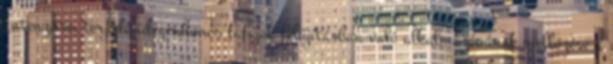
Intenzíven terjedő idegenhonos fafajok felújításban való alkalmazásának mellőzése a